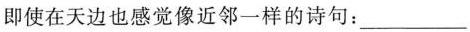
即使在天边也感觉像近邻一样的诗句：___，